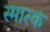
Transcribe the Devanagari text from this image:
स्मारकं